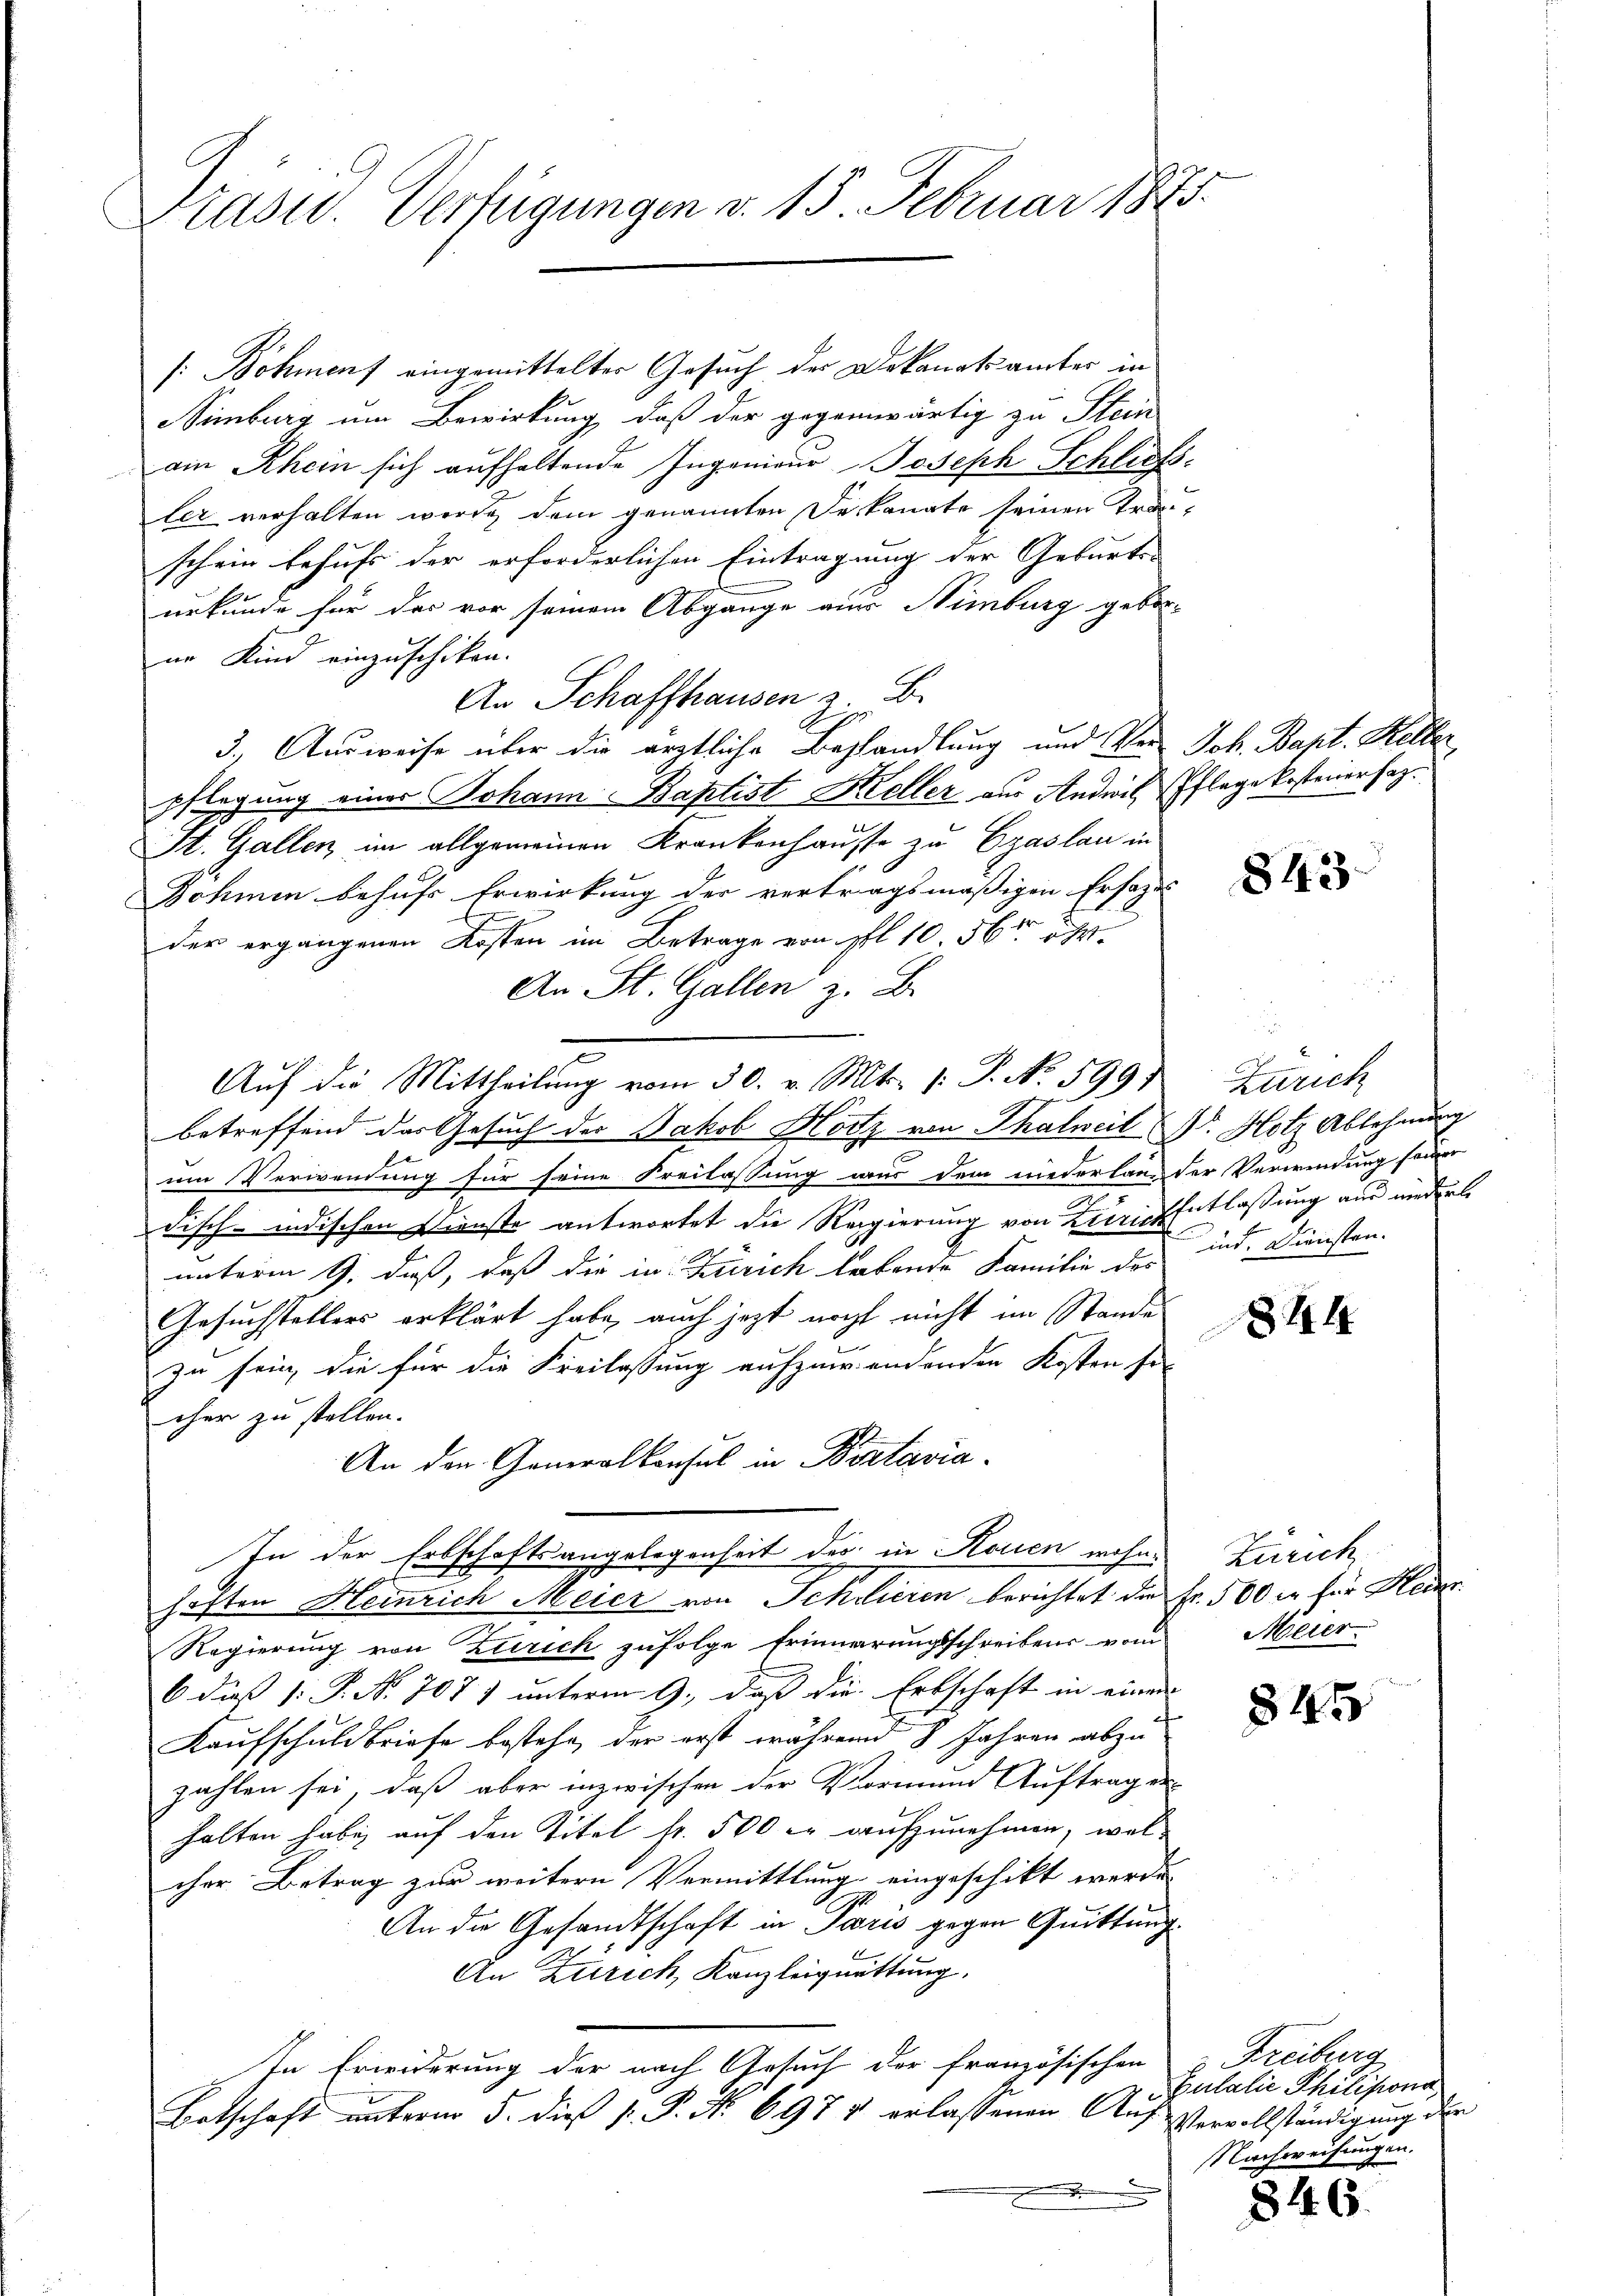
Präsid.. Verfügungen v. 15. Februar 1875.

[Böhmens eingemittelter Gesuch der Dekanatsämter in
Simburg um Bewirkung, daß der gegenwärtig zu Stein
am Rhein sich aufhaltende Ingenieur Joseph Schließler verhalten werde, dem genannten Dekannte seinen Tra
schein behufs der erforderlichen Eintragung der Geburts- |
urkunde für des vor seinem Abgange aus Himburg geborur Kind einzuschiken.
An Schaffhausen z. B.
3. Ausweise über die ärztliche Behandlung und Ver- Joh. Bapt. Keller
pflegung eines Johann Baptist Keller aus Andwil, Pflege kostenerhaz.
St. Gallen im allgemeinen Krankenhause zu Epaslau in
Johmen behufs Erwirkung der vertragsmäßigen Ersatze |
der ergangenen Kosten im Betrage von fl. 10. 56 er
An St. Gallen z. B.
Auf die Mittheilung vom 30. v. Mts. (: P. No. 599)
betreffend das Gesuch der Jakob Hotz von Thalweil Dr. Hotz Ablehnung
um Verwendung für seine Freilassung aus dem niederlangter Verwindung seiner
u
risch-indischen Dienste antwortet die Regierung von Leerich Entlassung aus niederl
unterm 9. daß, daß die in Zürich lebende Familie des
Gesuchstellers erklärt habe, auch jezt noch nicht im Stande
zu sein, die für die Freilassung aufzuwendenden Kosten se
cher zu stellen.
An den Generalkonsul in Bertavia
In der Erbschaftsangelegenheit des in Rouen wohn-
hoften Heinrich Meier von Schieren berichtet die Fr. 500 xr für Heinr
Regierung von Zürich zufolge Erinnerungsschreibens vom
6 dieß (: P. Nr. 707) unterm 9. daß die Erbschaft in einen
Kaufschuldbriefe bestehe, der erst während 8 Jahren abzu
zahlen sei, daß aber inzwischen der Vormund Auftrag e
halten habe auf den Titel fr. 500 er aufzunehmen, wel
cher Betrag zur weitern Vermittlung eingeschikt werde
An die Gesandtschaft in Paris gegen Quittung
An Zürich, Kanzleiquittung.
In Erwiderung der nach Gesuch der französischen
Botschaft unterm 5. dieß P. P. No 6974 erlassenen Aug
.

843

Zürich
ind. Diensten.

844

Zürich
Meier

845

z. Freiburg
Butalie Philisiona
Vervollständigung der
Nachweisungen.

846.